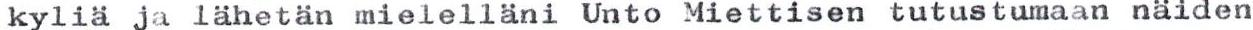
kyliä ja lähetän mielelläni Unto Miettisen tutustumaan näiden